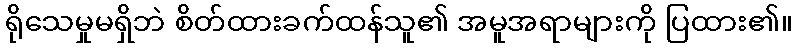
ရိုသေမှုမရှိဘဲ စိတ်ထားခက်ထန်သူ၏ အမူအရာများကို ပြထား၏။